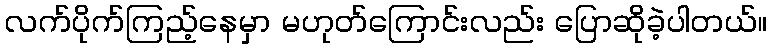
လက်ပိုက်ကြည့်နေမှာ မဟုတ်ကြောင်းလည်း ပြောဆိုခဲ့ပါတယ်။